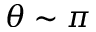
\theta \sim \pi